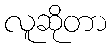
လူဆိုတာ